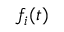
f _ { i } ( t )